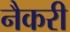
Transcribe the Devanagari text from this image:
नैकरी